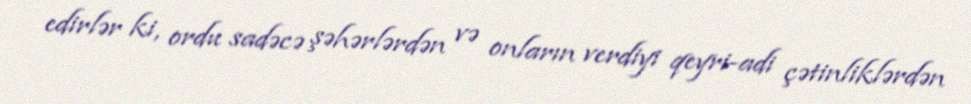
edirlər ki, ordu sadəcə şəhərlərdən və onların verdiyi qeyri-adi çətinliklərdən